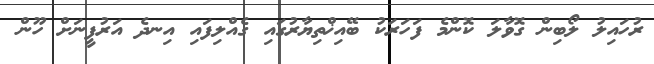
ރުހައިލު ލޯބިން ގޮވާލަ ކޮންމެ ފަހަރަކު ބޭއިޚްތިޔާރުގައި ގެއްލިފައި އިނދެ އަރުފީނަށް ހޫން